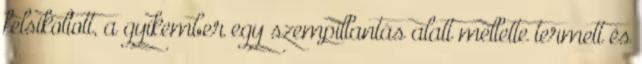
felsikoltott, a gyíkember egy szempillantás alatt mellette termett és